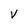
Character: V